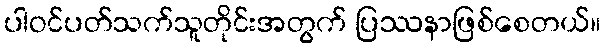
ပါဝင်ပတ်သက်သူတိုင်းအတွက် ပြဿနာဖြစ်စေတယ်။